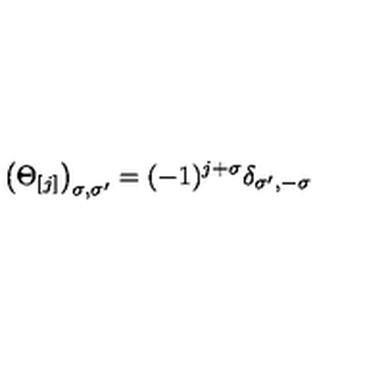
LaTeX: \left( \Theta _ { [ j ] } \right) _ { \sigma , \sigma ^ { \prime } } = ( - 1 ) ^ { j + \sigma } \delta _ { \sigma ^ { \prime } , - \sigma }